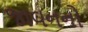
જાવનનો